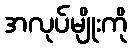
အလုပ်မျိုးကို